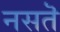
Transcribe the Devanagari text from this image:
नसतॆ